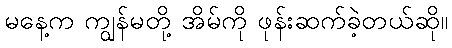
မနေ့က ကျွန်မတို့ အိမ်ကို ဖုန်းဆက်ခဲ့တယ်ဆို။